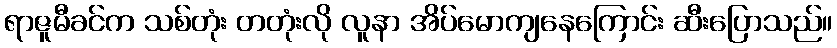
ရာဇူမီခင်က သစ်တုံး တတုံးလို လူနာ အိပ်မောကျနေကြောင်း ဆီးပြောသည်။